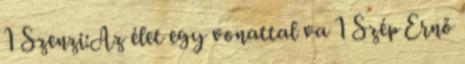
1 Szenzi:Az élet egy vonattal va 1 Szép Ernő